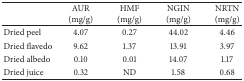
|  | AUR(mg/g) | HMF(mg/g) | NGIN(mg/g) | NRTN(mg/g) |
 | --- | --- | --- | --- | --- |
 | Dried peel | 4.07 | 0.27 | 44.02 | 4.46 |
 | Dried flavedo | 9.62 | 1.37 | 13.91 | 3.97 |
 | Dried albedo | 0.10 | 0.01 | 14.07 | 1.17 |
 | Dried juice | 0.32 | ND | 1.58 | 0.68 |